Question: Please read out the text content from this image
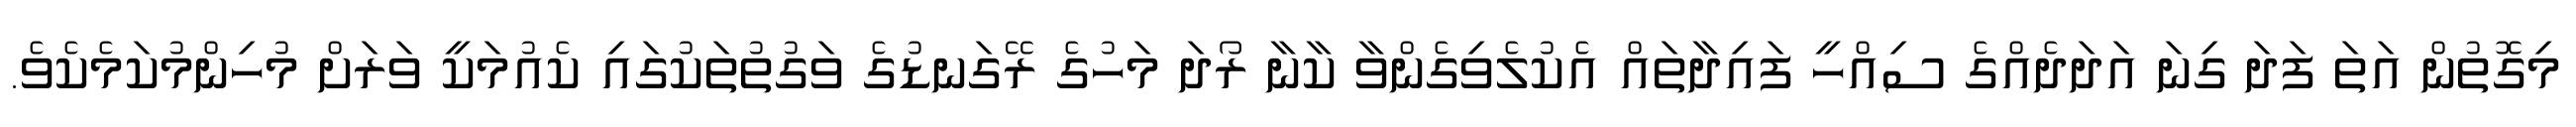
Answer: މިގޮތުން އަތަ ފަދަ ގިނަ އަދަދެއްގެ ސިއްހީ ފައިދާތައް އެކުލެވިގެންވާ ކާނާ ރޯދަ މަހުގެ ރޭގަނޑުގެ ވަގުތުތަކުގައި ކެއުމަކީ ވަރަށް މުހިންމުކަމެކެވެ.